Indian journal of veterinary science and animal husbandry - Volumes 18-21, 1948-1951
Year: 1948
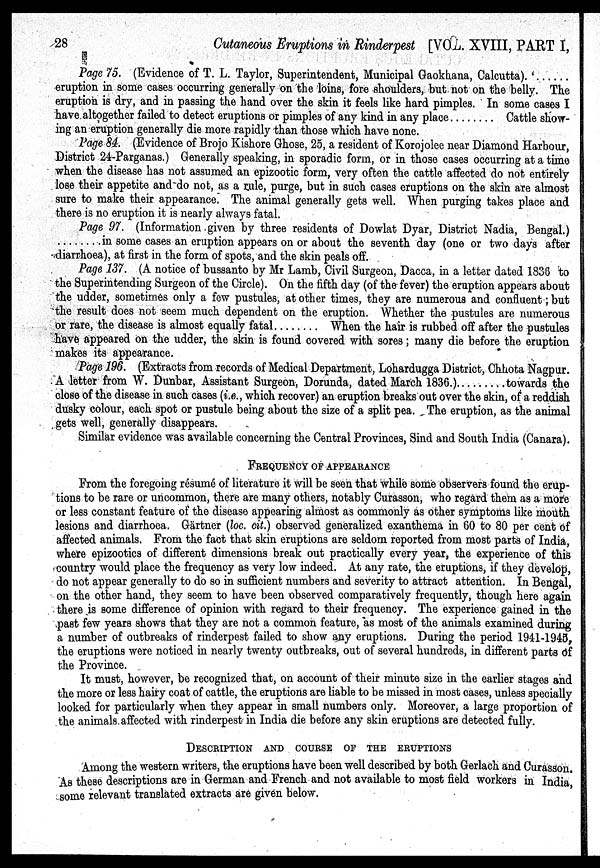
28
Cutaneous Eruptions in Rinderpest [VOL. XVIII, PART I,
Page 75. (Evidence of T. L. Taylor, Superintendent, Municipal Gaokhana, Calcutta). '
eruption in some cases occurring generally on the loins, fore shoulders, but not on the belly. The
eruption is dry, and in passing the hand over the skin it feels like hard pimples. In some cases I
have altogether failed to detect eruptions or pimples of any kind in any place
Cattle show-
ing an eruption generally die more rapidly than those which have none.
Page 84. (Evidence of Brojo Kishore Ghose, 25, a resident of Korojolee near Diamond Harbour,
District 24-Parganas.) Generally speaking, in sporadic form, or in those cases occurring at a time
when the disease has not assumed an epizootic form, very often the cattle affected do not entirely
lose their appetite and do not, as a rule, purge, but in such cases eruptions on the skin are almost
sure to make their appearance. The animal generally gets well. When purging takes place and
there is no eruption it is nearly always fatal.
Page 97. (Information given by three residents of Dowlat Dyar, District Nadia, Bengal.)
in some cases an eruption appears on or about the seventh day (one or two days after
diarrhoea), at first in the form of spots, and the skin peals off.
Page 137. (A notice of bussanto by Mr Lamb, Civil Surgeon, Dacca, in a letter dated 1836 to
the Superintending Surgeon of the Circle). On the fifth day (of the fever) the eruption appears about
the udder, sometimes only a few pustules, at other times, they are numerous and confluent ; but
the result does not seem much dependent on the eruption. Whether the pustules are numerous
or rare, the disease is almost equally fatal
When the hair is rubbed off after the pustules
have appeared on the udder, the skin is found covered with sores ; many die before the eruption
makes its appearance.
Page 196. (Extracts from records of Medical Department, Lohardugga District, Chhota Nagpur.
A letter from W. Dunbar, Assistant Surgeon, Dorunda, dated March 1836.)
towards the
close of the disease in such cases (i.e., which recover) an eruption breaks out over the skin, of a reddish
dusky colour, each spot or pustule being about the size of a split pea. The eruption, as the animal
gets well, generally disappears.
Similar evidence was available concerning the Central Provinces, Sind and South India (Canara).
FREQUENCY OF APPEARANCE
From the foregoing résumé of literature it will be seen that while some observers found the erup-
tions to be rare or uncommon, there are many others, notably Curasson, who regard them as a more
or less constant feature of the disease appearing almost as commonly as other symptoms like mouth
lesions and diarrhoea. Gärtner (loc. cit.) observed generalized exanthema in 60 to 80 per cent of
affected animals. From the fact that skin eruptions are seldom reported from most parts of India,
where epizootics of different dimensions break out practically every year, the experience of this
country would place the frequency as very low indeed. At any rate, the eruptions, if they develop,
do not appear generally to do so in sufficient numbers and severity to attract attention. In Bengal,
on the other hand, they seem to have been observed comparatively frequently, though here again
there is some difference of opinion with regard to their frequency. The experience gained in the
past few years shows that they are not a common feature, as most of the animals examined during
a number of outbreaks of rinderpest failed to show any eruptions. During the period 1941-1945,
the eruptions were noticed in nearly twenty outbreaks, out of several hundreds, in different parts of
the Province.
It must, however, be recognized that, on account of their minute size in the earlier stages and
the more or less hairy coat of cattle, the eruptions are liable to be missed in most cases, unless specially
looked for particularly when they appear in small numbers only. Moreover, a large proportion of
the animals affected with rinderpest in India die before any skin eruptions are detected fully.
DESCRIPTION AND COURSE OF THE ERUPTIONS
Among the western writers, the eruptions have been well described by both Gerlach and Curasson.
As these descriptions are in German and French and not available to most field workers in India,
some relevant translated extracts are given below.